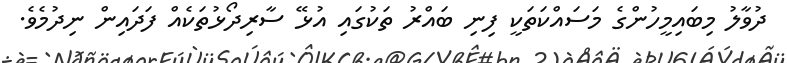
ދުވާލު މިބައިމީހުންގެ މަސައްކަތަކީ ފިނި ބައްރު ތަކުގައި އުޅޭ ސާރިދޯޅުތަކެއް ފަދައިން ނިދުމެވެ.